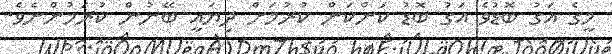
މީގެ އަގު ބޮޑުވެ އަގު ބޮޑު ކަންކަން ކުރުމަށް ދިޔައީ ބޭނުން ކުރަމުންނެވެ.